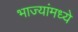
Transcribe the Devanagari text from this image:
भाज्यांमध्ये